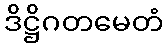
ဒိဋ္ဌိဂတမေတံ